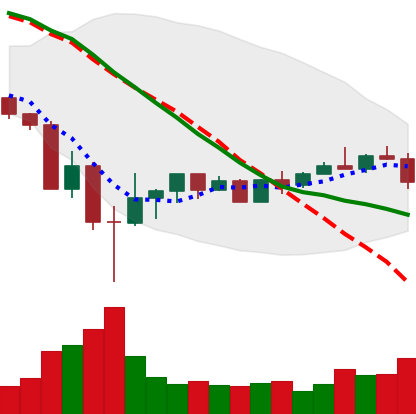
Ticker: BNB-USD
Chart end date: 2022-05-26
Forward return: 5.089%
Label: up_5_7